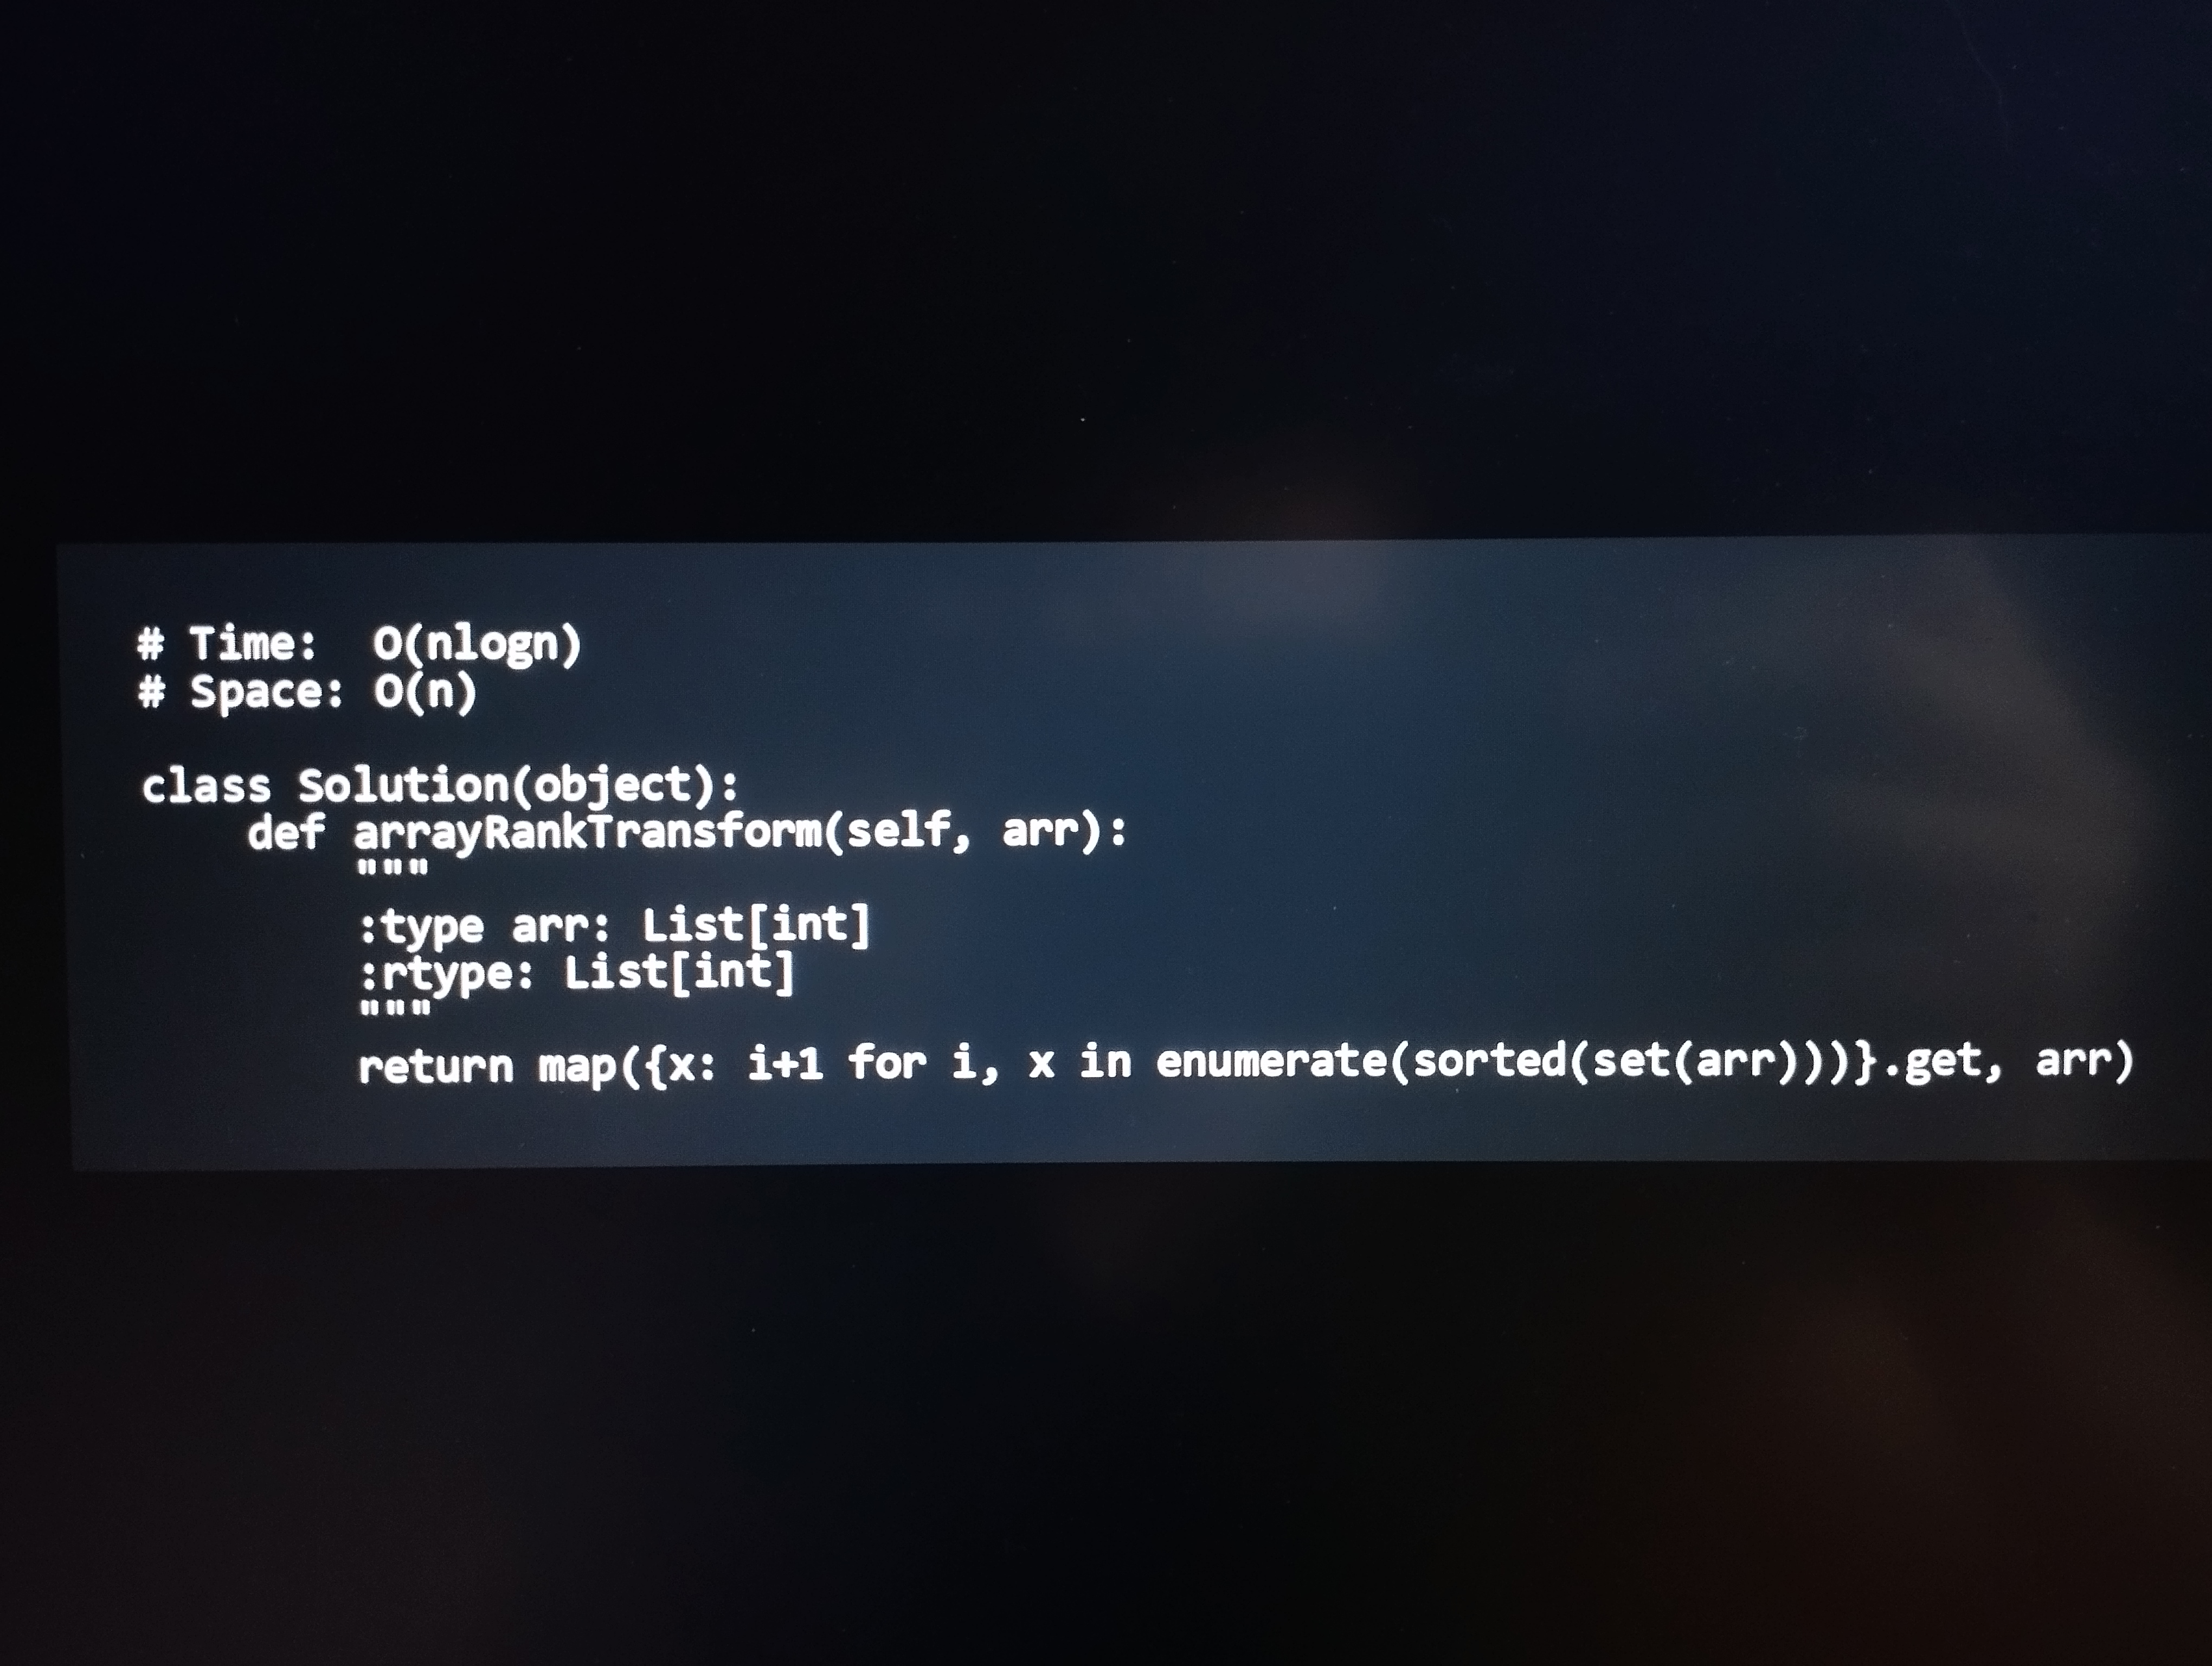
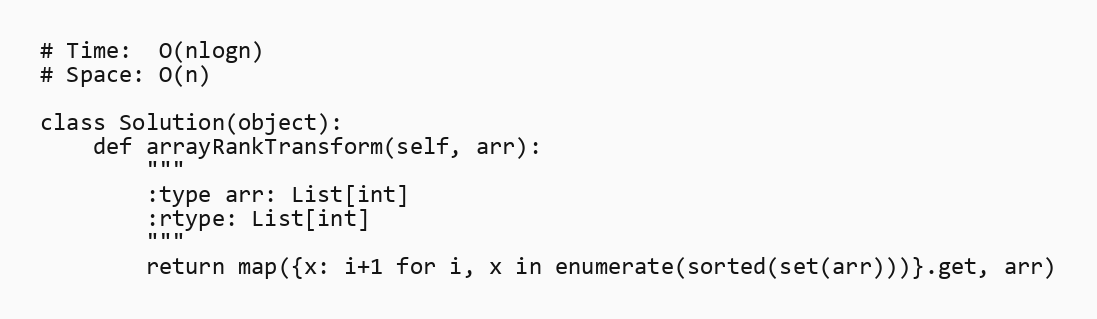
# Time:  O(nlogn)
# Space: O(n)

class Solution(object):
    def arrayRankTransform(self, arr):
        """
        :type arr: List[int]
        :rtype: List[int]
        """
        return map({x: i+1 for i, x in enumerate(sorted(set(arr)))}.get, arr)